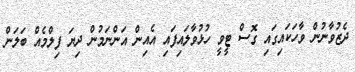
ދެޒުވާނުން ވާހަކައިގައި ގޮސް ޓީވީ ހުޅުވާލައިފައި އެއިން އަންނަމުން ދިޔަ ފިލްމެއް ބަލަން